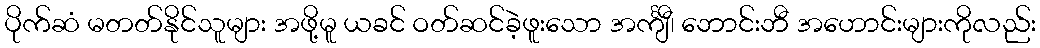
ပိုက်ဆံ မတတ်နိုင်သူများ အဖို့မူ ယခင် ဝတ်ဆင်ခဲ့ဖူးသော အင်္ကျီ၊ ဘောင်းဘီ အဟောင်းများကိုလည်း